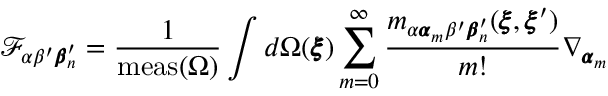
\mathcal { F } _ { \alpha \beta ^ { \prime } { \pmb \beta } _ { n } ^ { \prime } } = \frac { 1 } { \mathrm { m e a s } ( { \Omega } ) } \int d \Omega ( { \pmb \xi } ) \sum _ { m = 0 } ^ { \infty } \frac { m _ { \alpha { \pmb \alpha } _ { m } \beta ^ { \prime } { \pmb \beta } _ { n } ^ { \prime } } ( { \pmb \xi } , { \pmb \xi } ^ { \prime } ) } { m ! } \nabla _ { { \pmb \alpha } _ { m } }